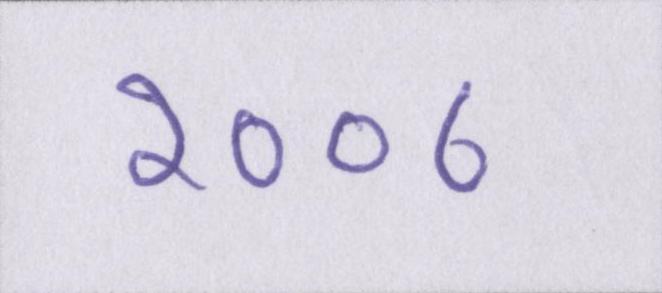
२००८